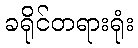
ခရိုင်တရားရုံး